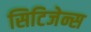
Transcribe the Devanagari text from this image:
सिटिजेन्स